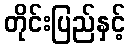
တိုင်းပြည်နှင့်